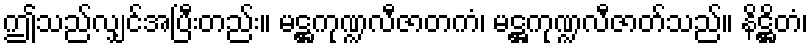
ဤသည်လျှင်အပြီးတည်း။ မဋ္ဌကုဏ္ဍလီဇာတကံ၊ မဋ္ဌကုဏ္ဍလီဇာတ်သည်။ နိဋ္ဌိတံ၊